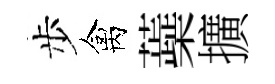
步禽蘃擴